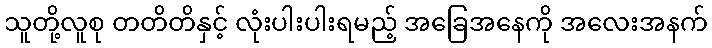
သူတို့လူစု တတိတိနှင့် လုံးပါးပါးရမည့် အခြေအနေကို အလေးအနက်